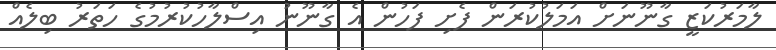
ލާމަރުކަޒީ ގާނޫނަށް އަމަލުކުރަން ފެށި ފަހުން އެ ގާނޫނު އިސްލާހުކުރުމުގެ ހަތަރު ބިލެއް